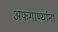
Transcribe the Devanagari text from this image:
अफगाण्यांना